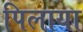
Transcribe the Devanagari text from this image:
पिलाया